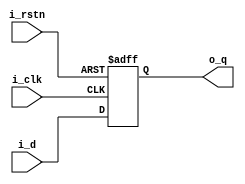
module dff_neg(
	output reg		o_q,
	input			i_d,
	input			i_clk,
	input 			i_rstn
);

	always @(posedge i_clk or negedge i_rstn) begin 
		if(!i_rstn) begin
			o_q <= 1'b0;
		end else begin
			o_q <= i_d;
		end
	end
endmodule